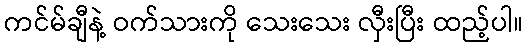
ကင်မ်ချီနဲ့ ဝက်သားကို သေးသေး လှီးပြီး ထည့်ပါ။